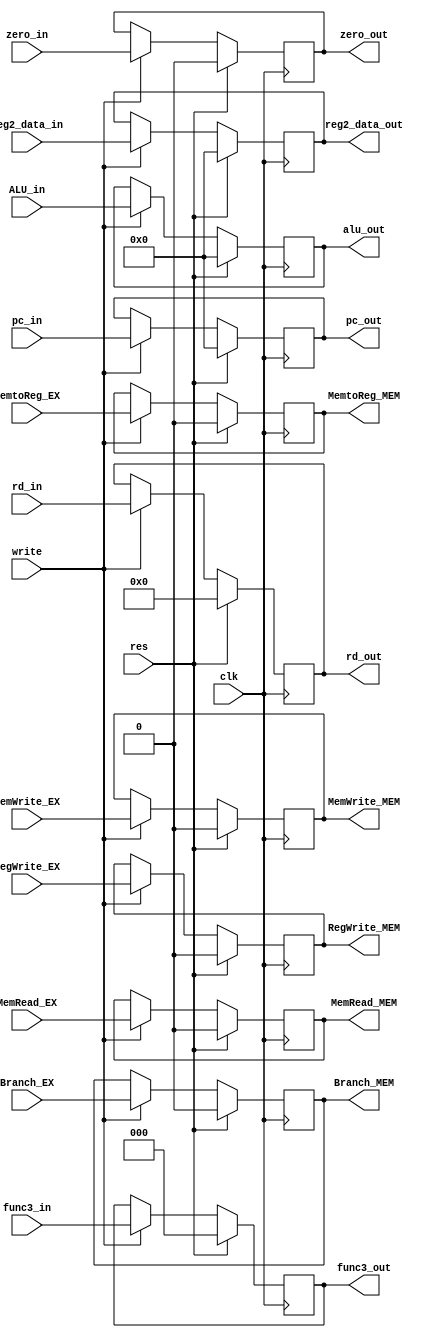
`timescale 1ns/1ps

module EX_MEM(
    input [31:0] pc_in,
    input [2:0] func3_in,
    input zero_in,
    input [31:0] ALU_in,
    input [31:0] reg2_data_in,
    input [4:0] rd_in,
    input write,
    input clk,
    input res,
    input RegWrite_EX, MemtoReg_EX, MemRead_EX, MemWrite_EX, Branch_EX,
    output reg [31:0] pc_out,
    output reg [2:0] func3_out,
    output reg zero_out,
    output reg [31:0] alu_out,
    output reg [31:0] reg2_data_out,
    output reg [4:0] rd_out,
    output reg RegWrite_MEM, MemtoReg_MEM, MemRead_MEM, MemWrite_MEM, Branch_MEM
);

    always @(posedge clk) begin
        if(res) begin
            pc_out <= 0;
            func3_out <= 0;
            zero_out <= 0;
            alu_out <= 0;
            reg2_data_out <= 0;
            rd_out <= 0;
            RegWrite_MEM <= 0;
            MemtoReg_MEM <= 0;
            MemRead_MEM <= 0;
            MemWrite_MEM <= 0;
            Branch_MEM <= 0;
        end
        else begin
            if (write) begin
                pc_out <= pc_in;
                func3_out <= func3_in;
                zero_out <= zero_in;
                alu_out <= ALU_in;
                reg2_data_out <= reg2_data_in;
                rd_out <= rd_in;
                RegWrite_MEM <= RegWrite_EX;
                MemtoReg_MEM <= MemtoReg_EX;
                MemRead_MEM <= MemRead_EX;
                MemWrite_MEM <= MemWrite_EX;
                Branch_MEM <= Branch_EX;
            end
        end
    end
    
endmodule